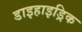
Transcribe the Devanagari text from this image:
डाइहाइड्रिक